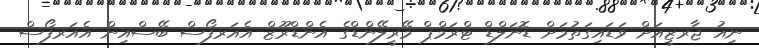
ނިއު ޖާރޒީއަށް ވަޑައިގަތުމަށް ޑޮނަލްޑް ޓްރަމްޕް މޭރީލޭންޑްގެ އެންޑްރޫޒް އެއަރފޯސް ބޭސްއިން އެއަރފޯސް